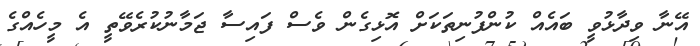
އޭނާ ވިދާޅުވީ ބައެއް ކުންފުނިތަކަށް އޮޅިގެން ވެސް ފައިސާ ޖަމާނުކުރެވޭތީ އެ މީހެއްގެ